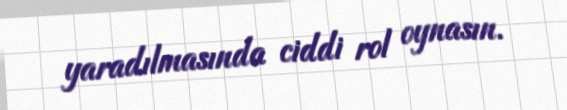
yaradılmasında ciddi rol oynasın.